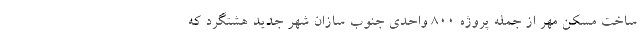
ساخت مسکن مهر از جمله پروژه ۸۰۰ واحدی جنوب سازان شهر جدید هشتگرد که